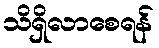
သိရှိလာစေရန်